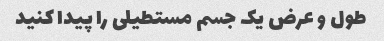
طول و عرض یک جسم مستطیلی را پیدا کنید